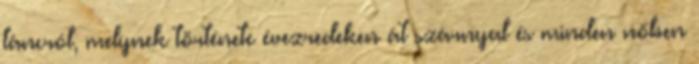
táncról, melynek története évezredeken át szárnyal és minden nőben